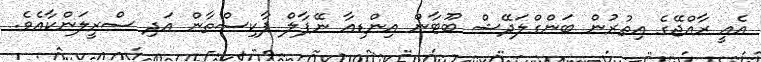
އެއީ ރާއްޖޭގެ އިތުރުން ބަންގްލަދޭޝް ބޫޓާން އިންޑިއާ ނޭޕާލް ޕާކިސްތާން އަދި ސްރީލަންކާއެވެ.